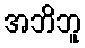
အဘိဘူ